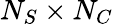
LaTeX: N_{S}\times N_{C}